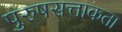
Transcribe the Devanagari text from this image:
पुरुषसत्ताकता